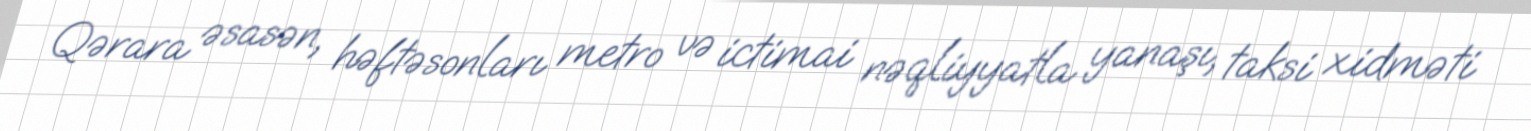
Qərara əsasən, həftəsonları metro və ictimai nəqliyyatla yanaşı, taksi xidməti